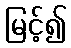
မြင့်၍